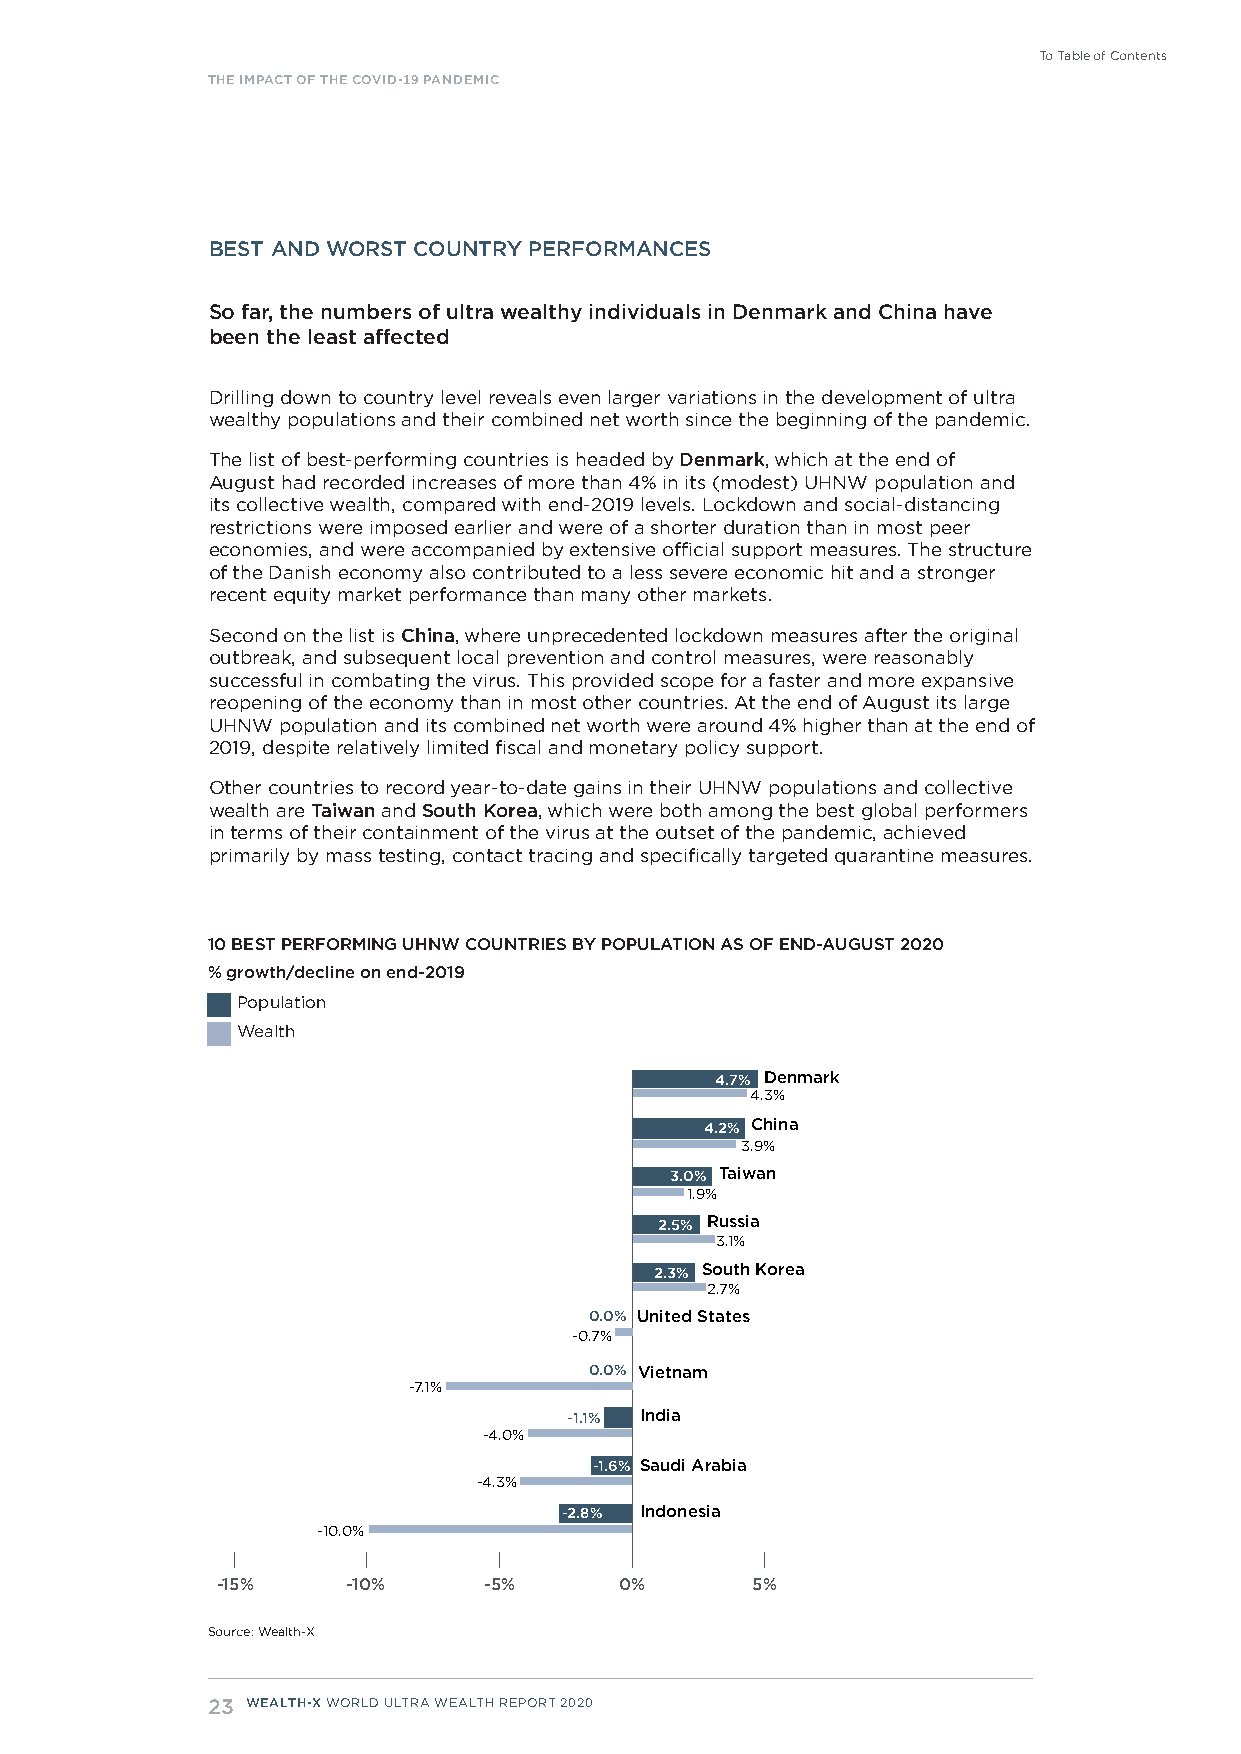
To Table of Contents
 THE IMPACT OF THE COVID-19 PANDEMIC
 BEST AND WORST COUNTRY PERFORMANCES
 So far, the numbers of ultra wealthy individuals in Denmark and China have
 been the least affected
 Drilling down to country level reveals even larger variations in the development of ultra
 wealthy populations and their combined net worth since the beginning of the pandemic.
 The list of best-performing countries is headed by Denmark, which at the end of
 August had recorded increases of more than 4% in its (modest) UHNW population and
 its collective wealth, compared with end-2019 levels. Lockdown and social-distancing
 restrictions were imposed earlier and were of a shorter duration than in most peer
 economies, and were accompanied by extensive official support measures. The structure
 of the Danish economy also contributed to a less severe economic hit and a stronger
 recent equity market performance than many other markets.
 Second on the list is China, where unprecedented lockdown measures after the original
 outbreak, and subsequent local prevention and control measures, were reasonably
 successful in combating the virus. This provided scope for a faster and more expansive
 reopening of the economy than in most other countries. At the end of August its large
 UHNW population and its combined net worth were around 4% higher than at the end of
 2019, despite relatively limited fiscal and monetary policy support.
 Other countries to record year-to-date gains in their UHNW populations and collective
 wealth are Taiwan and South Korea, which were both among the best global performers
 in terms of their containment of the virus at the outset of the pandemic, achieved
 primarily by mass testing, contact tracing and specifically targeted quarantine measures.
 10 BEST PERFORMING UHNW COUNTRIES BY POPULATION AS OF END-AUGUST 2020
 % growth/decline on end-2019
 Population
 Wealth
 4.7% Denmark
 4.3%
 4.2% China
 3.9%
 3.0% Taiwan
 1.9%
 2.5% Russia
 3.1%
 2.3% South Korea
 2.7%
 0.0% United States
 -0.7%
 0.0% Vietnam
 -7.1%
 -1.1% India
 -4.0%
 -1.6% Saudi Arabia
 -4.3%
 -2.8% Indonesia
 -10.0%
 -15%     -10%     -5%      0%       5%
 Source: Wealth-X
 23 WEALTH-X WORLD ULTRA WEALTH REPORT 2020